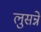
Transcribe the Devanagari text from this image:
लुसन्ने